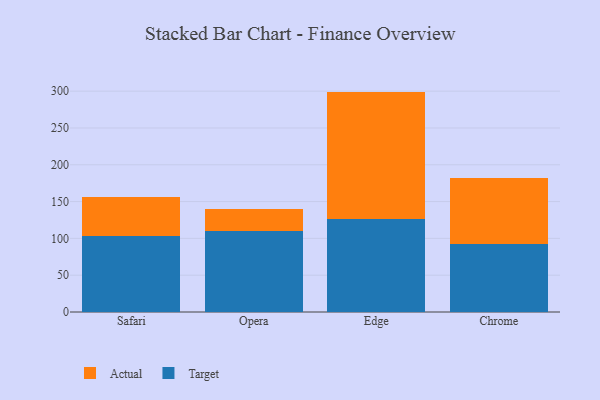
{"axis": {"x": "Browser", "y": "Budget (USD K)"}, "legend": ["Actual", "Target"], "data": [{"x": "Safari", "y": 103.6, "type": "Target"}, {"x": "Safari", "y": 52.4, "type": "Actual"}, {"x": "Opera", "y": 109.6, "type": "Target"}, {"x": "Opera", "y": 29.9, "type": "Actual"}, {"x": "Edge", "y": 125.9, "type": "Target"}, {"x": "Edge", "y": 173.5, "type": "Actual"}, {"x": "Chrome", "y": 91.8, "type": "Target"}, {"x": "Chrome", "y": 89.8, "type": "Actual"}]}